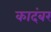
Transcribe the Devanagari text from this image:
कादंबर